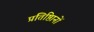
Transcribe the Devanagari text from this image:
प्रतिष्ठिानों